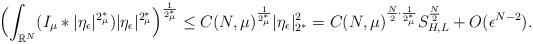
LaTeX: \begin{align*}\aligned&\Bigl(\int_{\mathbb{R}^N}(I_\mu\ast|\eta_\epsilon|^{2^*_\mu})|\eta_\epsilon|^{2^*_{\mu}}\Bigr)^{\frac1{2^*_\mu}}\leq C(N,\mu)^{\frac1{2^*_{\mu}}}|\eta_\epsilon|^2_{2^*}=C(N,\mu)^{\frac{N}{2}\cdot\frac{1}{2^*_\mu}}S^{\frac{N}{2}}_{H,L}+O(\epsilon^{N-2}).\endaligned\end{align*}